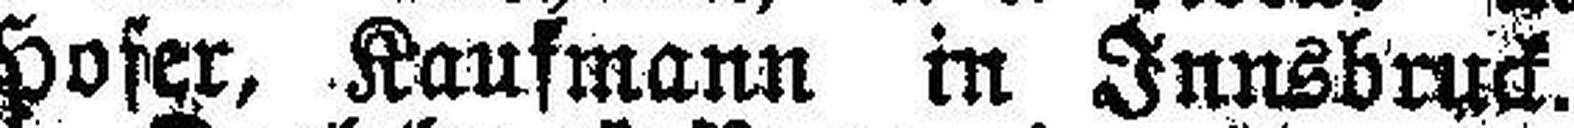
Innsbruck, Hugo Hofer, Kaufmann in Innsbruck.